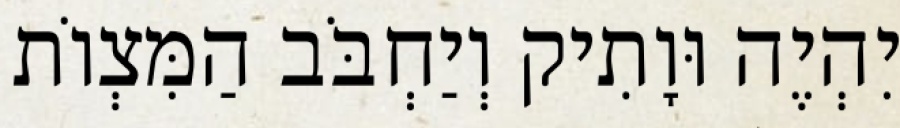
יִהְיֶה וּוָתִיק וְיַחְבֹּב הַמִּצְוֹת